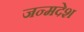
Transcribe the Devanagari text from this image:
जन्मदेश